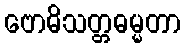
ဗောဓိသတ္တဓမ္မတာ